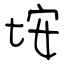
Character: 垵